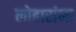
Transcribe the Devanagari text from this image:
लोहारांना